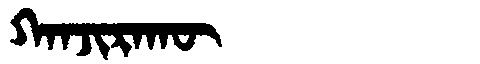
Manchu: ᡴᠠᠨᠵᡳᡵᠠᡴᡡ
Romanization: KANJIRAKŪ